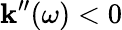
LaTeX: \mathbf{k}^{\prime\prime}(\omega)<0